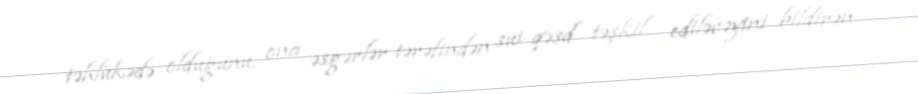
təhlükədə olduğunu, ona əsgərlər tərəfindən sui-qəsd təşkil ediləcəyini bildirən